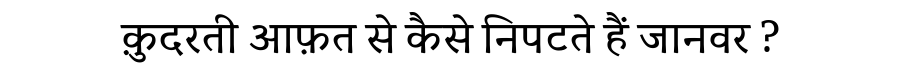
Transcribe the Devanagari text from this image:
क़ुदरती आफ़त से कैसे निपटते हैं जानवर ?